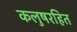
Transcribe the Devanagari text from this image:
कलुषरहित